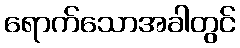
ရောက်သောအခါတွင်